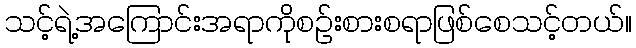
သင့်ရဲ့အကြောင်းအရာကိုစဉ်းစားစရာဖြစ်စေသင့်တယ်။